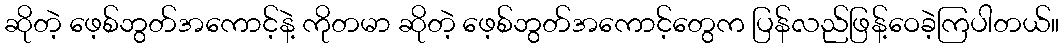
ဆိုတဲ့ ဖေ့စ်ဘွတ်အကောင့်နဲ့ ကိုတမာ ဆိုတဲ့ ဖေ့စ်ဘွတ်အကောင့်တွေက ပြန်လည်ဖြန့်ဝေခဲ့ကြပါတယ်။